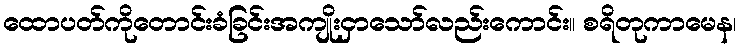
ထောပတ်ကိုတောင်းခံခြင်းအကျိုးငှာသော်လည်းကောင်း။ စရိတုကာမေန၊